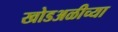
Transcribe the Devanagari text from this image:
खोडअळीच्या